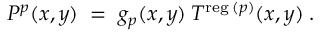
P ^ { p } ( x , y ) \; = \; g _ { p } ( x , y ) \: T ^ { \mathrm { \scriptsize { r e g } } \: ( p ) } ( x , y ) \; .